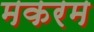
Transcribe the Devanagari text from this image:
मकरम